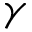
\gamma